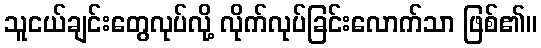
သူငယ်ချင်းတွေလုပ်လို့ လိုက်လုပ်ခြင်းလောက်သာ ဖြစ်၏။